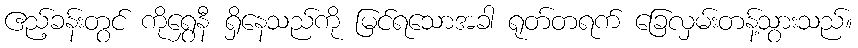
ဧည့်ခန်းတွင် ကိုရွှေနီ ရှိနေသည်ကို မြင်ရသောအခါ ရုတ်တရက် ခြေလှမ်းတန့်သွားသည်။